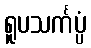
ရူပသင်္ကပ္ပံ